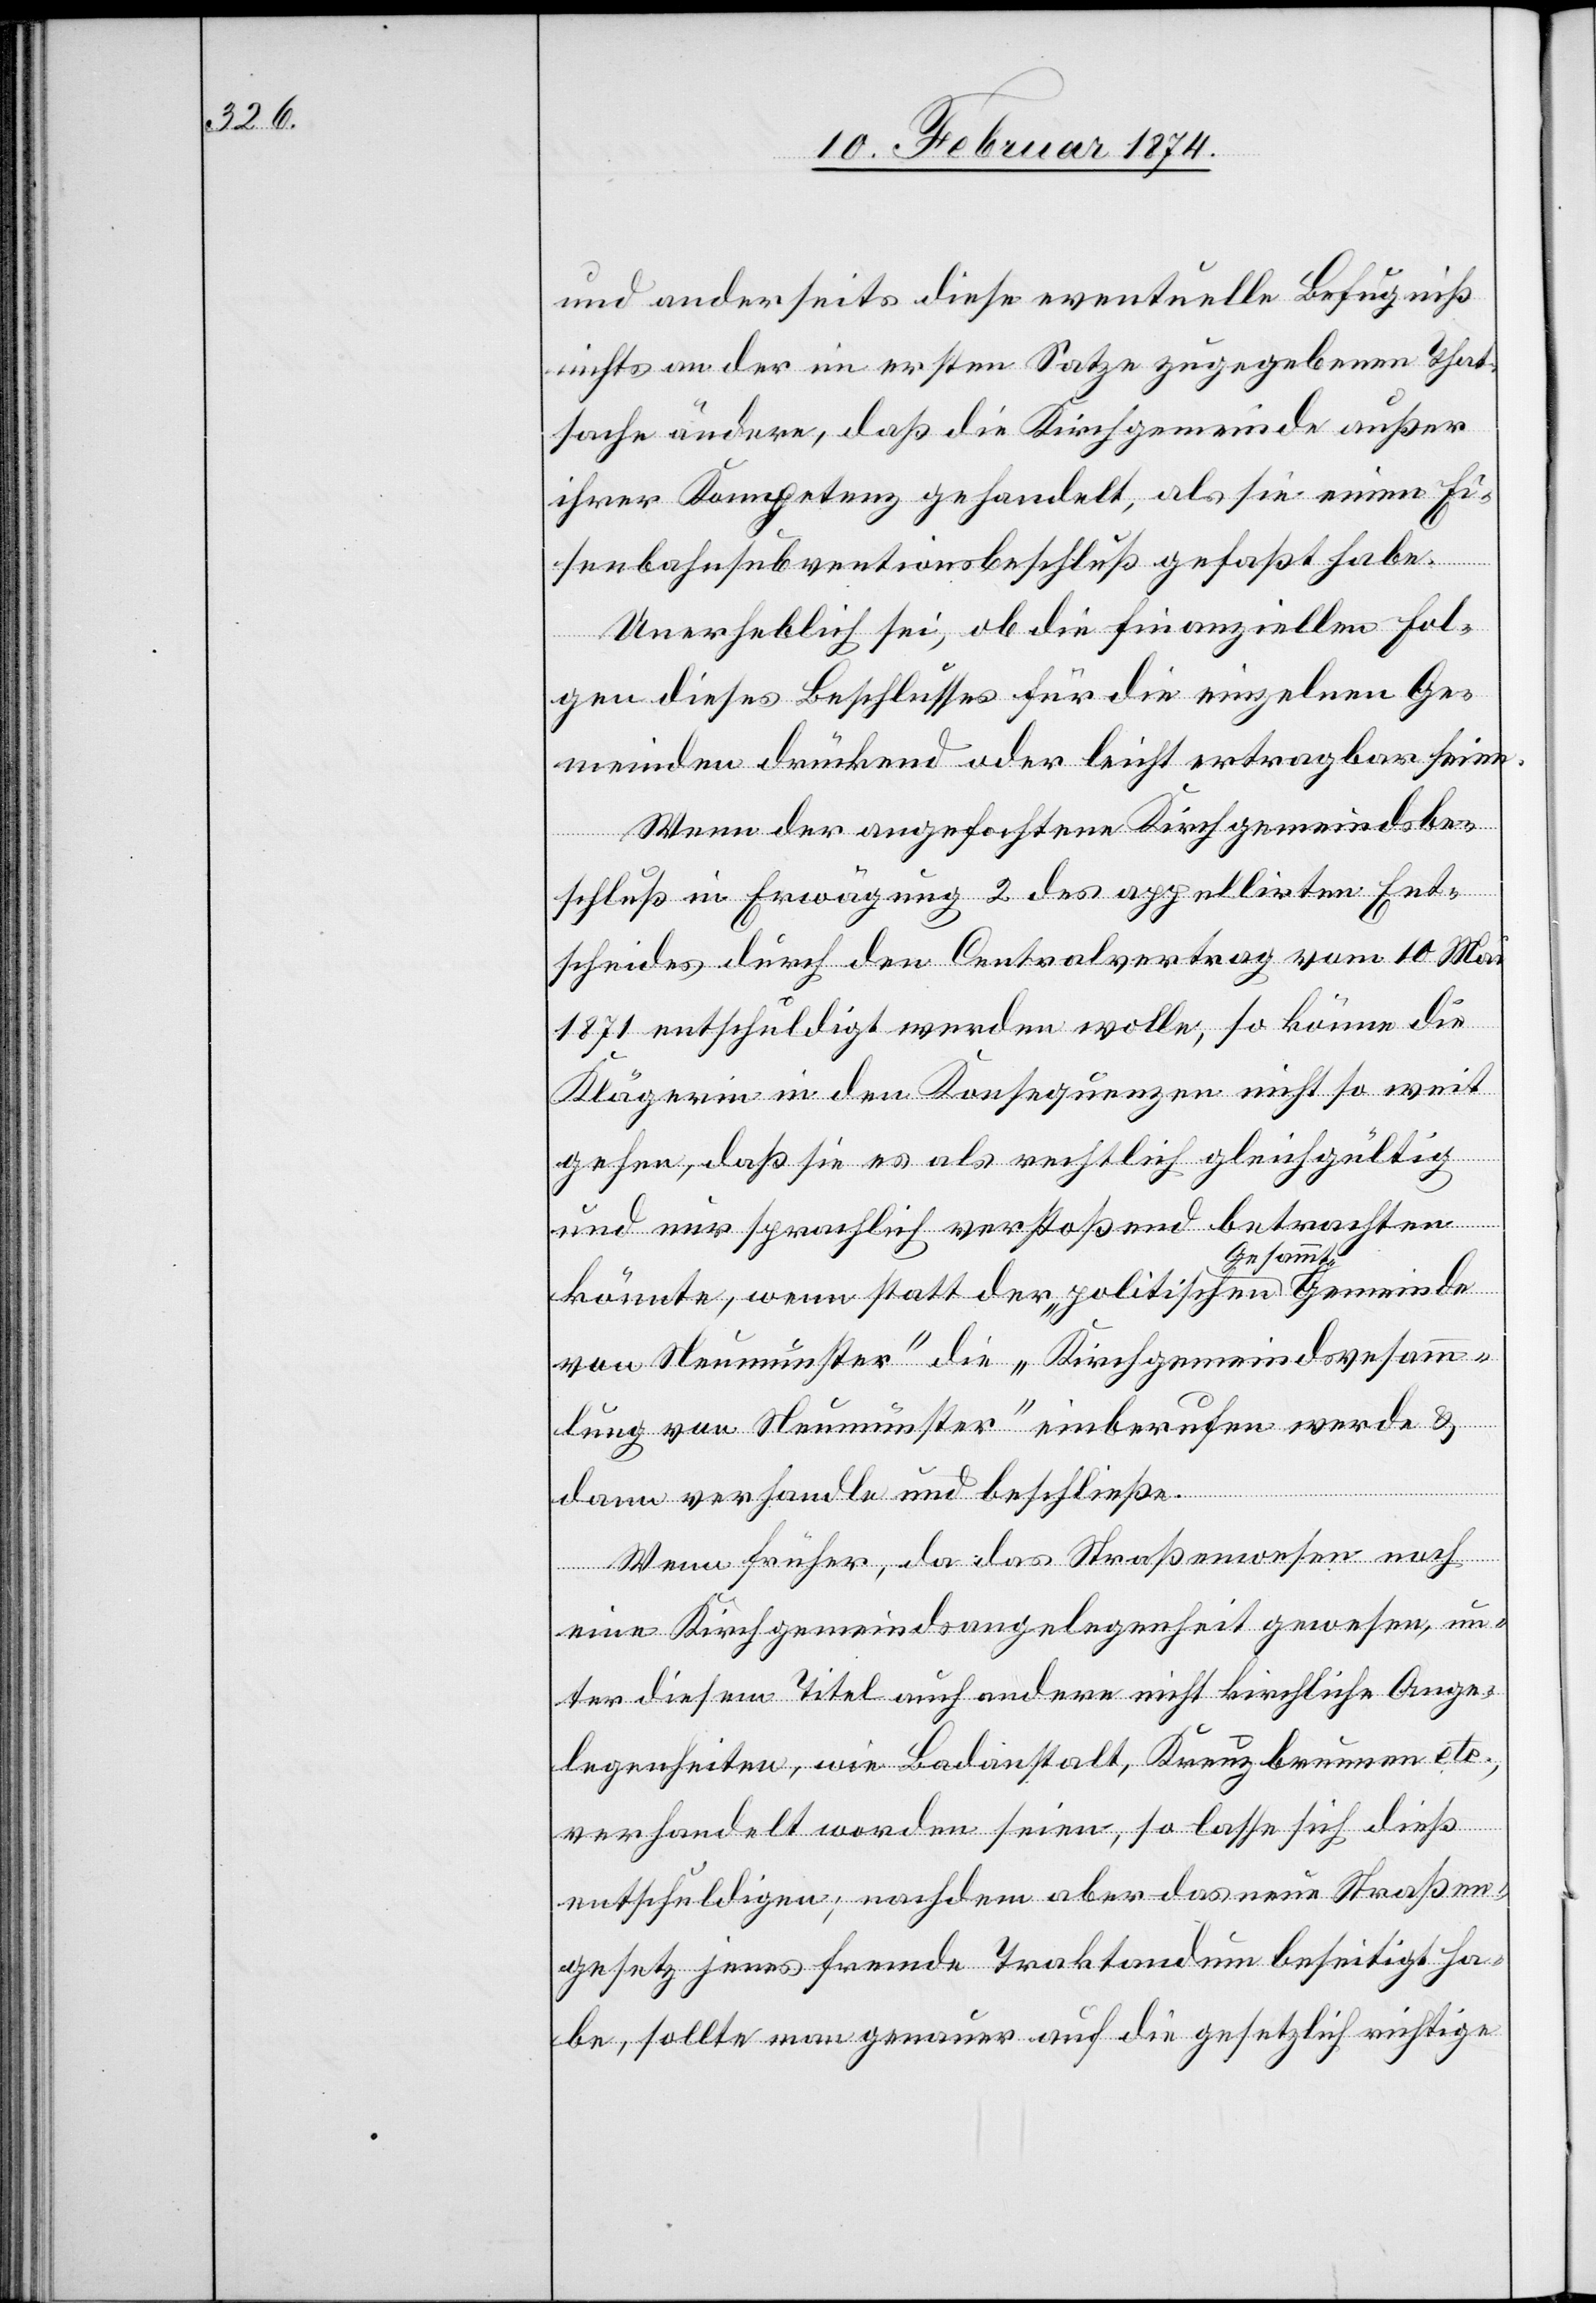
und anderseits diese eventuelle Befugniß
nichts an der in erstem Satze zugegebenen That¬
sache ändere, daß die Kirchgemeinde außer
ihrer Kompetenz gehandelt, als sie einen Ei¬
senbahnsubventionsbeschluß gefaßt habe.
Unerheblich sei, ob die finanziellen Fol¬
gen dieses Beschlusses für die einzelnen Ge¬
meinden drückend oder leicht ertragbar seien.
Wenn der angefochtene Kirchgemeindsbe¬
schluß in Erwägung 2 des appellirten Ent¬
scheides durch den Centralsvertrag vom 10. Mai
1871 entschuldigt werden wolle, so könne die
Klägerin in den Konsequenzen nicht so weit
gehen, daß sie es als rechtlich gleichgültig
und nur sprachlich verstoßend betrachten
könnte, wenn statt der „politischen Gesammtgemeinde
von Neumünster“ die „Kirchgemeindsversam¬
mlung von Neumünster“ einberufen werde u.
dann verhandle und beschließe.
Wenn früher, da das Straßenwesen noch
eine Kirchgemeindsangelegenheit gewesen, un¬
ter diesem Titel auch andere nicht kirchliche Ange¬
legenheiten, wie Badanstalt, Kreuzbrunnen etc.,
verhandelt worden seien, so lasse sich dieß
entschuldigen, nachdem aber das neue Straßen¬
gesetz jenes fremde Traktandum beseitigt ha¬
be, sollte man genauer auf die gesetzlich richtige